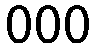
000